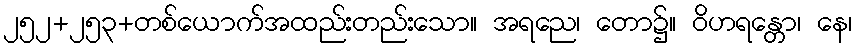
၂၅၂+၂၅၃+တစ်ယောက်အထည်းတည်းသော။ အရညေ၊ တော၌။ ဝိဟရန္တော၊ နေ၊